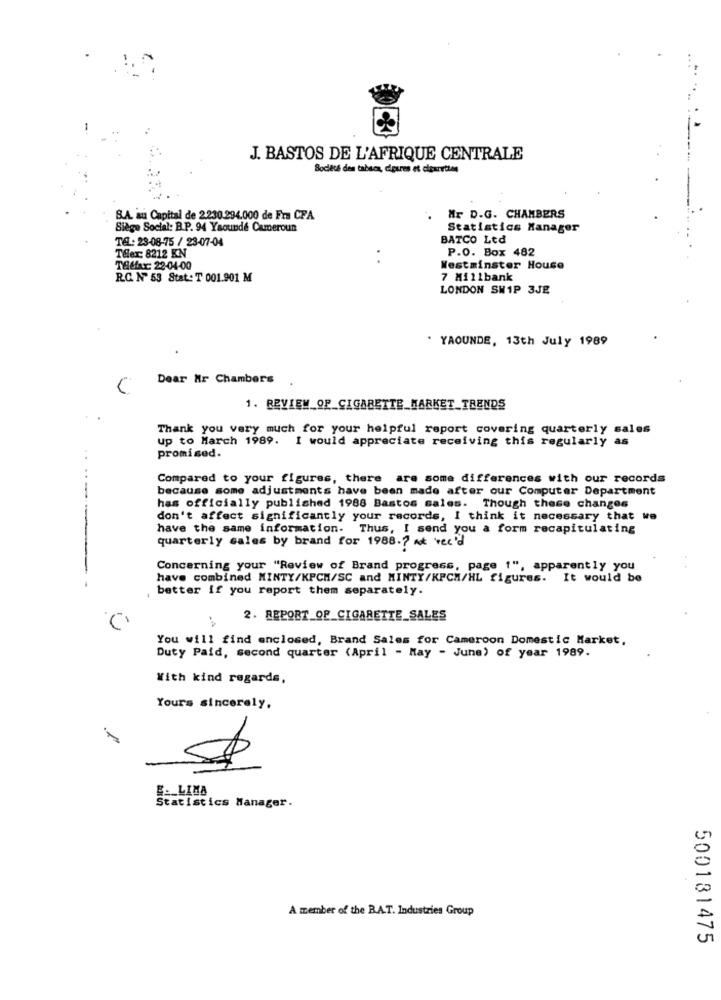
J. BASTOS DE L'AFRIQUE CENTRALE
Société des tabaca, cipsres et cigarettes
Mr D.G. CHAMBERS
S.A. au Capital de 2230.294.000 de Fra CFA
Siège Social: B.P. 94 Yaounde Cameroun
Statistics Manager
TEL: 23-08-75 / 23-07-04
BATCO Ltd
THex: 8212 KN
P.O. Box 482
Telefax: 22-04-00
Westminster House
R.C. Nº 53 Stat: T 001.901 M
7 Millbank
LONDON SW1P 3JE
. YAOUNDE, 13th July 1989
Dear Mr Chambers
1. REVIEW_OF_CIGARETTE_MARKET TRENDS
Thank you very much for your helpful report covering quarterly sales
up to March 1989. I would appreciate receiving this regularly as
promised.
Compared to your figures, there are some differences with our records
because some adjustments have been made after our Computer Department
has officially published 1988 Bastos sales. Though these changes
don't affect significantly your records, I think it necessary that we
...-...
have the same information. Thus, I send you a form recapitulating
quarterly sales by brand for 1988.7 at we'd
Concerning your "Review of Brand progress, page 1", apparently you
have combined MINTY/KPCH/SC and MINTY/KPCH/HL figures. It would be
better if you report them separately.
2. REPORT_OF_CIGARETTE_SALES
You will find enclosed, Brand Sales for Cameroon Domestic Market,
Duty Paid, second quarter (April - May - June) of year 1989.
With kind regards,
Yours sincerely,
$
E __ LIMA
Statistics Manager.
A member of the B.A.T. Industries Group
500181475